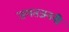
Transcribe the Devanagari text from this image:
जगतजननी